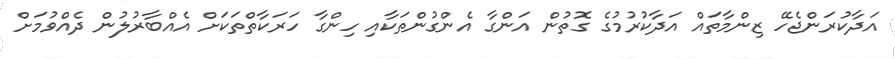
އަދާކުރަންޖެހޭ ޒިންމާތައް އަދާކުރުމުގެ ގޮތުން އަންގާ އެންގުންތަކާއި ހިންގާ ހަރަކާތްތަކަށް އެއްބާރުލުން ދެއްވުމަށް